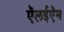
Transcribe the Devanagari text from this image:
ऍलईऍम